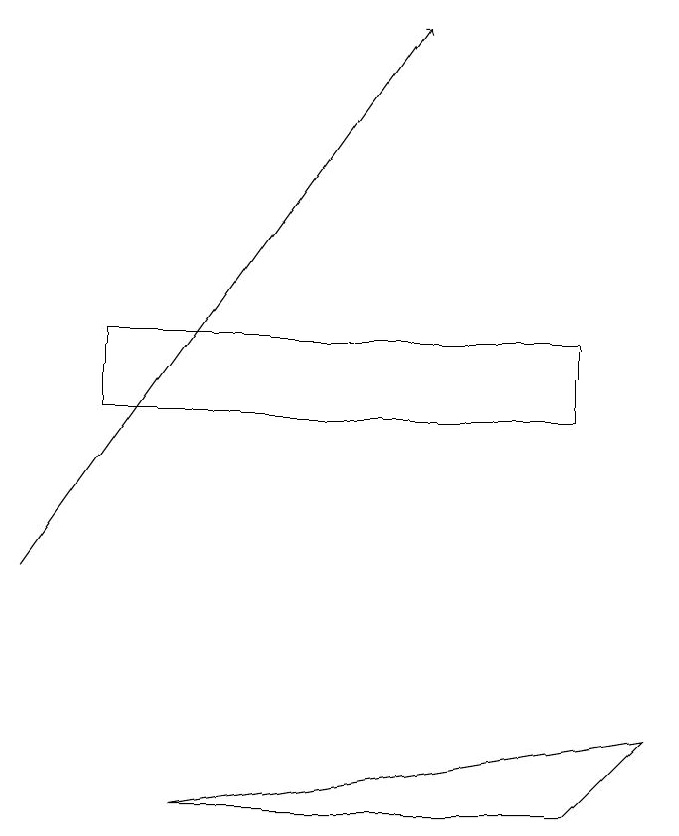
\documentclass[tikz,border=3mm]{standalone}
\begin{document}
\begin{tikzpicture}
\draw (3,7) -- (9,8) -- (8,7) -- cycle;
\draw[->] (1,10) -- (6,17);
\draw (2,12) rectangle (8,13);
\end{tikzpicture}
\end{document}